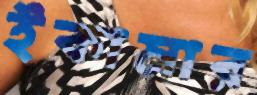
ইকামার